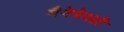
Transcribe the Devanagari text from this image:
मैनेयेवढी